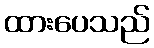
ထားပေသည်